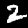
Label: 2